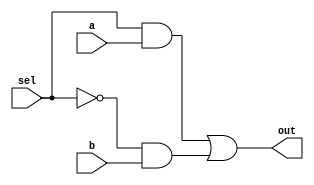
`timescale 1ns / 1ps

module mux(
    output reg out,
    input sel,
    input a,
    input b
    );
    
    wire not_sel;
    always @(sel or not_sel)
        out = (sel&a)|(not_sel&b);
    
    assign not_sel = ~sel;
    
endmodule